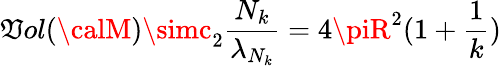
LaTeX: \mathfrak{V}ol({\calM})\simc_{2}\frac{{N_{k}}}{{\lambda_{N_{k}}}}=4\piR^{2}(1+\frac{{1}}{{k}})